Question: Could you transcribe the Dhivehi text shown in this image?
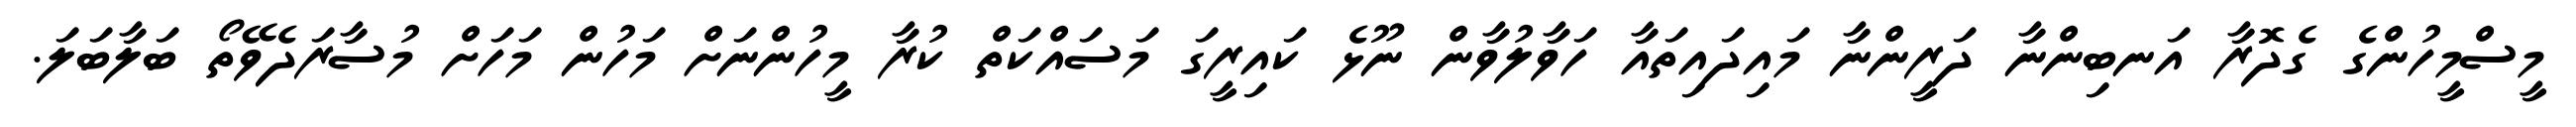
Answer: މީސްމީހުންގެ ގެދޮރާ އަނބިންނާ ދަރީންނާ މައިދައިތައާ ހަވާލުވާން ނޫޅެ ކައިރީގަ މަސައްކަތް ކުރާ މީހުންނަށް މަހުން މަހަށް މުސާރަދެވޭތޯ ބަލާބަލަ.